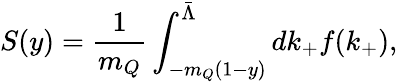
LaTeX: S(y)=\frac{1}{m_{Q}}\int_{-m_{Q}(1-y)}^{\bar{\Lambda}}dk_{+}f(k_{+}),